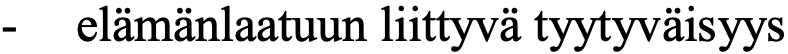
-  elämänlaatuun liittyvä tyytyväisyys